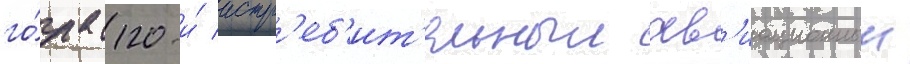
го́да 120-и́ истр'еб'ит'ельныи ав'иационныи